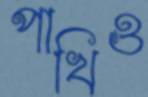
পাখিও